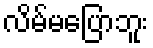
လိမ်မပြောဘူး